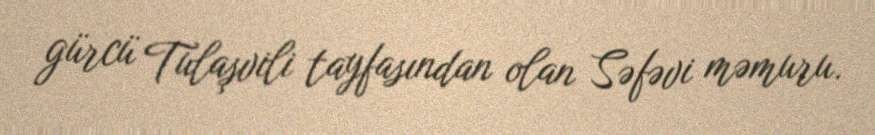
gürcü Tulaşvili tayfasından olan Səfəvi məmuru.